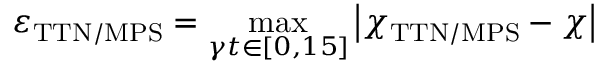
\varepsilon _ { \mathrm { T T N / M P S } } = \operatorname* { m a x } _ { \gamma t \in [ 0 , 1 5 ] } \left| \chi _ { \mathrm { T T N / M P S } } - \chi \right|